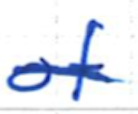
Text: of
Cross-out: single-line
Writing tool: ballpoint